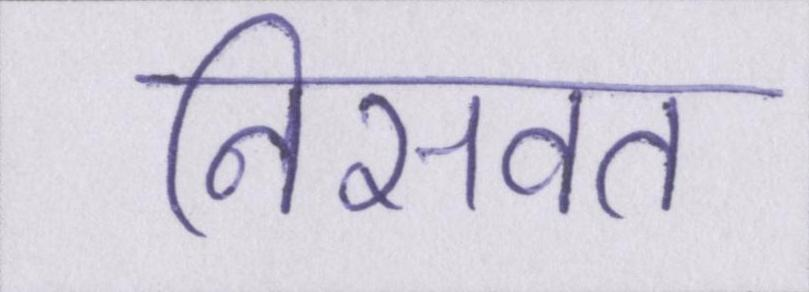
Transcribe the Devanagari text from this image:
निसवत